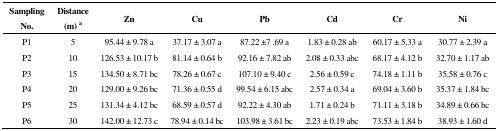
| Sampling No. | Distance (m) a | Zn | Cu | Pb | Cd | Cr | Ni |
 | --- | --- | --- | --- | --- | --- | --- | --- |
 | P1 | 5 | 95.44 ± 9.78 a | 37.17 ± 3.07 a | 87.22 ±7 .69 a | 1.83 ± 0.28 ab | 60.17 ± 5.33 a | 30.77 ± 2.39 a |
 | P2 | 10 | 126.53 ± 10.17 b | 81.14 ± 0.64 b | 92.16 ± 7.82 ab | 2.08 ± 0.33 abc | 68.17 ± 4.12 b | 32.70 ± 1.17 ab |
 | P3 | 15 | 134.50 ± 8.71 bc | 78.26 ± 0.67 c | 107.10 ± 9.40 c | 2.56 ± 0.59 c | 74.18 ± 1.11 b | 35.58 ± 0.76 c |
 | P4 | 20 | 129.00 ± 9.26 bc | 71.36 ± 0.55 d | 99.54 ± 6.15 abc | 2.57 ± 0.34 a | 69.04 ± 3.60 b | 35.37 ± 1.84 bc |
 | P5 | 25 | 131.34 ± 4.12 bc | 68.59 ± 0.57 d | 92.22 ± 4.30 ab | 1.71 ± 0.24 b | 71.11 ± 3.18 b | 34.89 ± 0.66 bc |
 | P6 | 30 | 142.00 ± 12.73 c | 78.94 ± 0.14 bc | 103.98 ± 3.61 bc | 2.23 ± 0.19 abc | 73.53 ± 1.84 b | 38.93 ± 1.60 d |